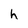
Character: h